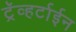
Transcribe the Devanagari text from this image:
ट्रॅव्हर्टाईन